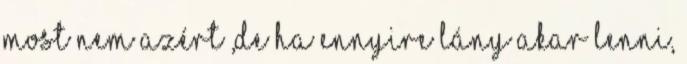
Most nem azért ,de ha ennyire lány akar lenni,